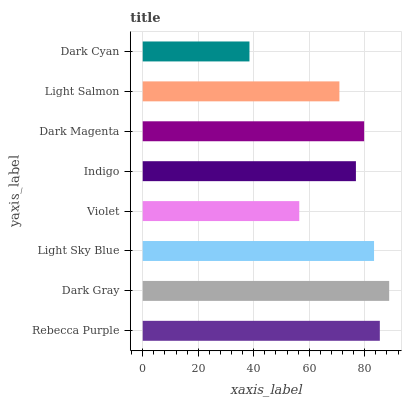
| yaxis_label | bars |
 | --- | --- |
 | Rebecca Purple | 85.4 |
 | Dark Gray | 88.8 |
 | Light Sky Blue | 83.3 |
 | Violet | 56.4 |
 | Indigo | 76.8 |
 | Dark Magenta | 79.8 |
 | Light Salmon | 70.9 |
 | Dark Cyan | 38.5 |